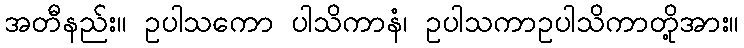
အတီနည်း။ ဥပါသကော ပါသိကာနံ၊ ဥပါသကာဥပါသိကာတို့အား။